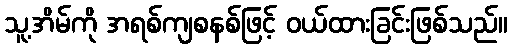
သူ့အိမ်ကို အရစ်ကျစနစ်ဖြင့် ဝယ်ထားခြင်းဖြစ်သည်။